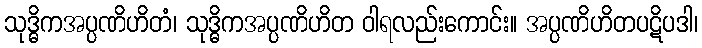
သုဒ္ဓိကအပ္ပဏိဟိတံ၊ သုဒ္ဓိကအပ္ပဏိဟိတ ဝါရလည်းကောင်း။ အပ္ပဏိဟိတပဋိပဒါ၊